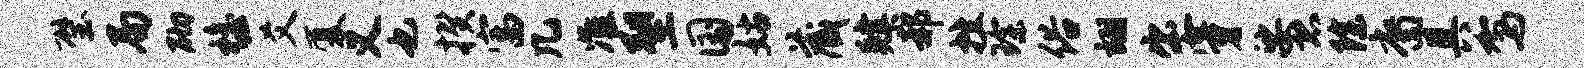
璧局砌檐爻厦义也揆富几准塑国姑藏肄郝挫琛俗翊出穿娑恐除裔具驾